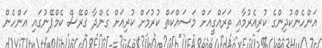
އަންހެންކުދިންގެ ކުރިއެރުމާއި ތަރައްގީއަށް މަސައްކަތް ކުރުމަށް ކުރިއަށް ގެންދާ ގްރޭސް ކެމްޕޭނުގައި އަންހެން